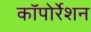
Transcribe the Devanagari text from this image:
काॅपोर्रेशन